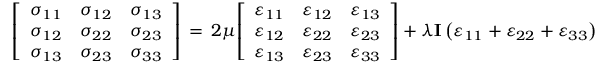
{ \left[ \begin{array} { l l l } { \sigma _ { 1 1 } } & { \sigma _ { 1 2 } } & { \sigma _ { 1 3 } } \\ { \sigma _ { 1 2 } } & { \sigma _ { 2 2 } } & { \sigma _ { 2 3 } } \\ { \sigma _ { 1 3 } } & { \sigma _ { 2 3 } } & { \sigma _ { 3 3 } } \end{array} \right] } \, = \, 2 \mu { \left[ \begin{array} { l l l } { \varepsilon _ { 1 1 } } & { \varepsilon _ { 1 2 } } & { \varepsilon _ { 1 3 } } \\ { \varepsilon _ { 1 2 } } & { \varepsilon _ { 2 2 } } & { \varepsilon _ { 2 3 } } \\ { \varepsilon _ { 1 3 } } & { \varepsilon _ { 2 3 } } & { \varepsilon _ { 3 3 } } \end{array} \right] } + \lambda \mathbf { I } \left( \varepsilon _ { 1 1 } + \varepsilon _ { 2 2 } + \varepsilon _ { 3 3 } \right)